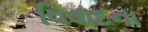
વિવાદના